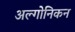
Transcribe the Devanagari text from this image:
अल्गोनिकन